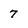
Character: 7